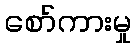
စော်ကားမှု